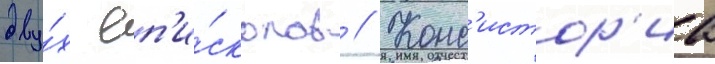
дву́х еп'и́скопов // Конс'истор'иа